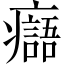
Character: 𤻭